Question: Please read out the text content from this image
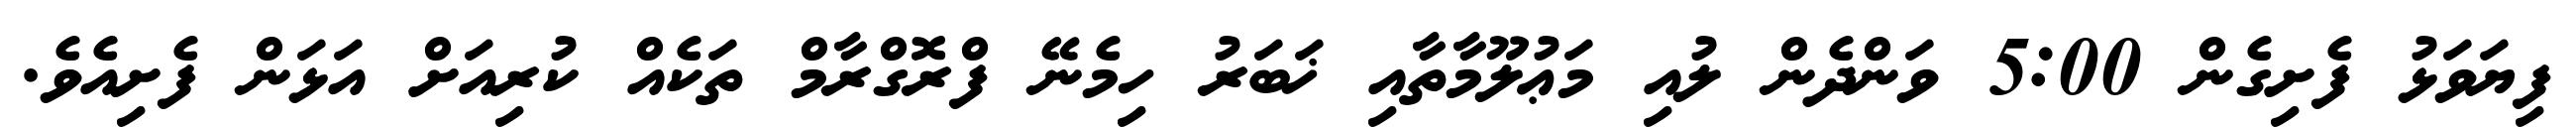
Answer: ފިޔަވަޅު ފެށިގެން 5:00 ވަންދެން ލުއި މަޢުލޫމާތާއި ޚަބަރު ހިމެނޭ ފްރޮގްރާމް ތަކެއް ކުރިއަށް އަޅަން ފެށިއެވެ.